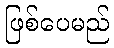
ဖြစ်ပေမည်